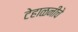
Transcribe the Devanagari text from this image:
टेहाळनीचे